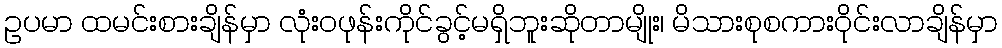
ဥပမာ ထမင်းစားချိန်မှာ လုံးဝဖုန်းကိုင်ခွင့်မရှိဘူးဆိုတာမျိုး၊ မိသားစုစကားဝိုင်းလာချိန်မှာ